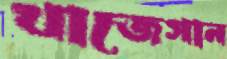
খাজেগান